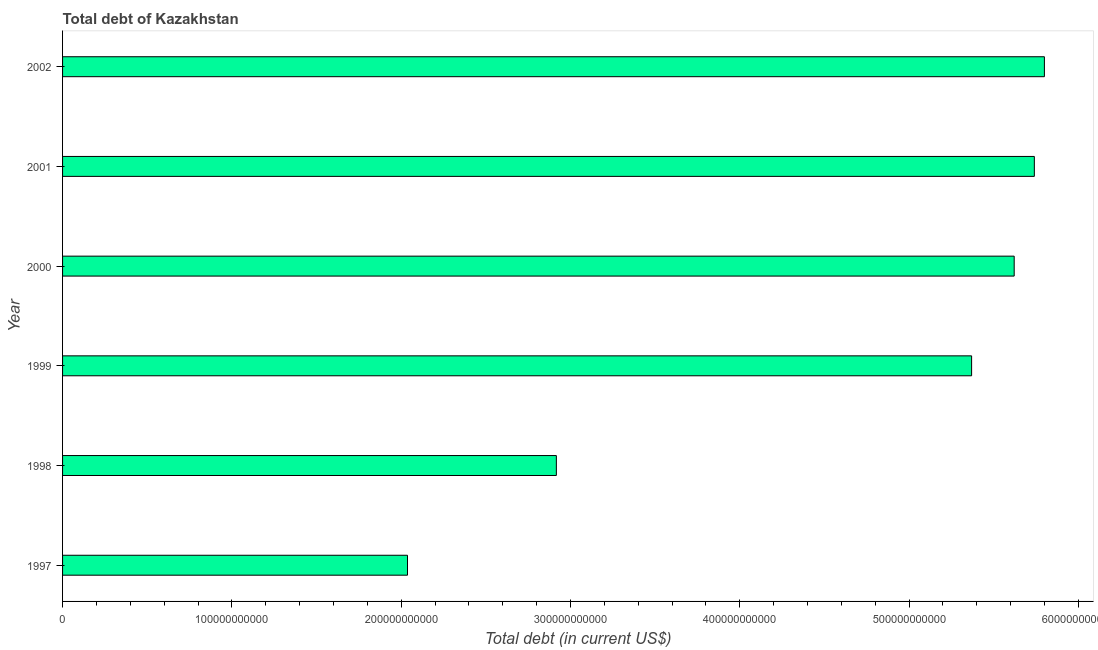
| Year | Central government debt |
 | --- | --- |
 | 1997 | 2.04e+11 |
 | 1998 | 2.92e+11 |
 | 1999 | 5.37e+11 |
 | 2000 | 5.62e+11 |
 | 2001 | 5.74e+11 |
 | 2002 | 5.8e+11 |